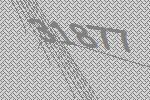
31877